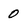
Character: 0